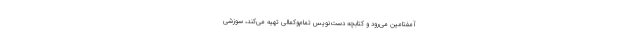
آمفتامین می‌رود و کتابچهٔ دست‌نویس تمام‌وکمالی تهیه می‌کند، سوزشی